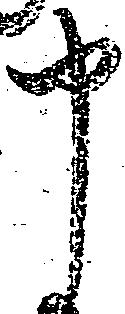
申